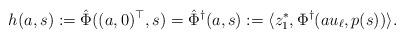
LaTeX: \begin{align*} h(a,s) := \hat \Phi((a,0)^\top,s) = \hat \Phi^\dagger(a,s) := \langle z_1^*, \Phi^\dagger(au_\ell, p(s))\rangle.\end{align*}